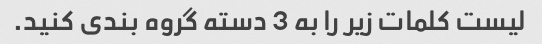
لیست کلمات زیر را به 3 دسته گروه بندی کنید.